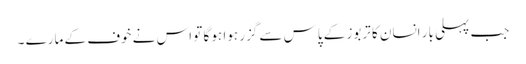
جب پہلی بار انسان کا تربوز کے پاس سے گزر ہوا ہو گا تو اس نے خوف کے مارے ۔